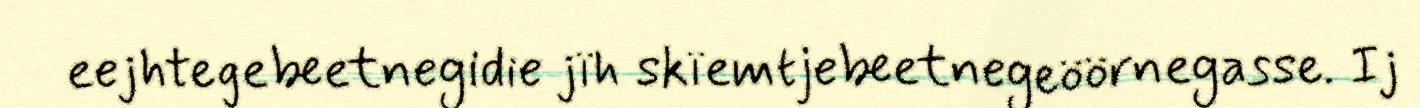
eejhtegebeetnegidie jïh skïemtjebeetnegeöörnegasse. Ij